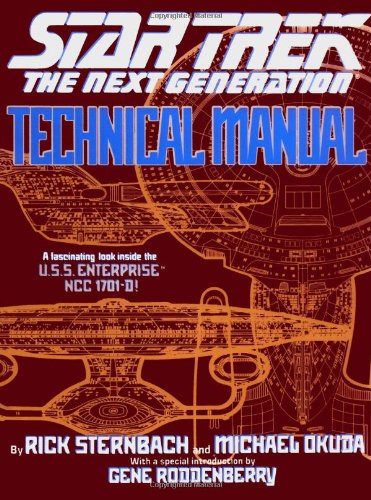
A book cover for Star Trek The Next Generation: Technical Manual; Rick Sternbach; Humor & Entertainment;